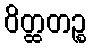
ဝိတ္ထတဉ္စ